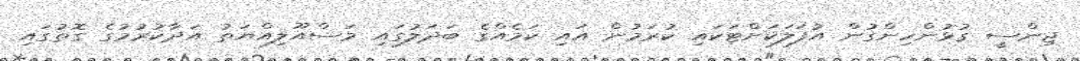
ޖިންސީ ގުޅުންހިންގުން އުފަލަކަށްޓަކައި ކުރަމުން އައި ކަމެއްގެ ބަދަލުގައި މަސްއޫލިއްޔަތު އަދާކުރުމުގެ ގޮތުގައި